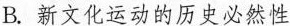
B. 新文化运动的历史必然性